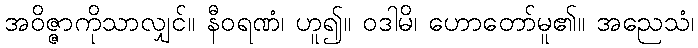
အဝိဇ္ဇာကိုသာလျှင်။ နီဝရဏံ၊ ဟူ၍။ ဝဒါမိ၊ ဟောတော်မူ၏။ အညေသံ၊